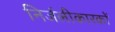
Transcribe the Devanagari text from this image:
निर्जलीकारकों